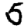
Digit: 5